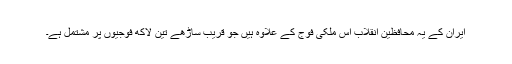
ایران کے یہ محافظین انقلاب اس ملکی فوج کے علاوہ ہیں جو قریب ساڑھے تین لاکھ فوجیوں پر مشتمل ہے۔